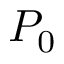
P _ { 0 }